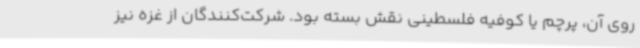
روی آن، پرچم یا کوفیه فلسطینی نقش بسته بود. شرکت‌کنندگان از غزه نیز